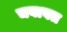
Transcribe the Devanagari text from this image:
चबावत